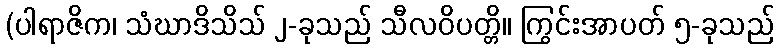
(ပါရာဇိက၊ သံဃာဒိသိသ် ၂-ခုသည် သီလဝိပတ္တိ။ ကြွင်းအာပတ် ၅-ခုသည်